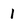
Character: 1